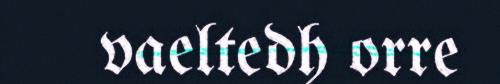
vaeltedh orre